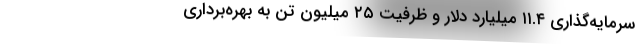
سرمایه‌گذاری ۱۱.۴ میلیارد دلار و ظرفیت ۲۵ میلیون تن به بهره‌برداری